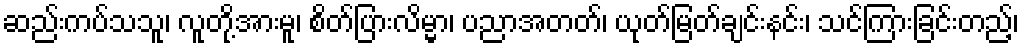
ဆည်းကပ်သသူ၊ လူတို့အားမူ၊ စိတ်ပြားလိမ္မာ၊ ပညာအတတ်၊ ယုတ်မြတ်ချင်းနင်း၊ သင်ကြားခြင်းတည့်၊